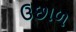
ઉછાળ